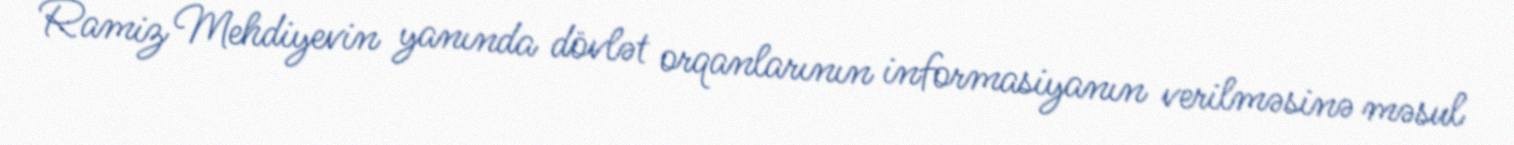
Ramiz Mehdiyevin yanında dövlət orqanlarının informasiyanın verilməsinə məsul